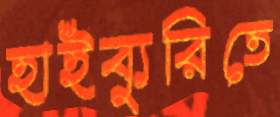
হাইব্যুরিতে